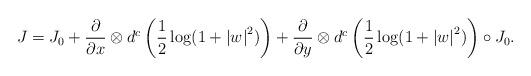
LaTeX: \begin{align*} J=J_0+\frac\partial{\partial x}\otimes d^c \left(\frac1 2 \log (1+\left|w \right|^2) \right)+\frac\partial{\partial y}\otimes d^c \left(\frac1 2 \log (1+\left|w \right|^2) \right)\circ J_0.\end{align*}